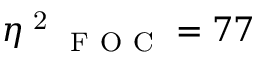
\eta \textsuperscript { 2 } _ { \mathrm { ~ F ~ O ~ C ~ } } = 7 7 \